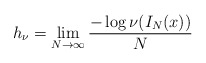
\begin{align*}h _\nu = \lim _{N \rightarrow \infty} \frac{- \log \nu ( I _N (x) ) }{N}\end{align*}